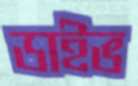
ডাইভ